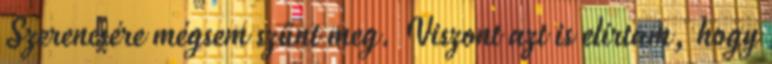
Szerencsére mégsem szűnt meg. Viszont azt is elírtam, hogy